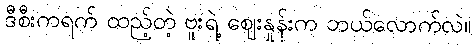
ဒီစီးကရက် ထည့်တဲ့ ဗူးရဲ့ ဈေးနှုန်းက ဘယ်လောက်လဲ။